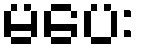
မပေး